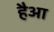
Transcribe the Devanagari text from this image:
हैआ